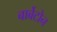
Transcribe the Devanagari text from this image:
बार्बेटोन